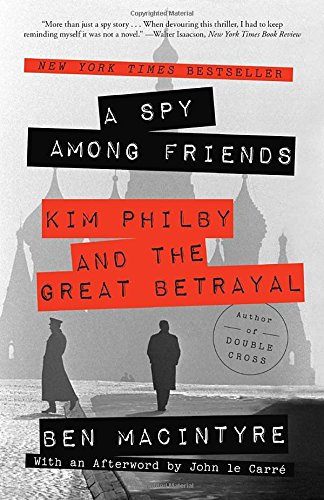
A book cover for A Spy Among Friends: Kim Philby and the Great Betrayal; Ben Macintyre; Biographies & Memoirs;